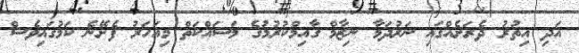
އަދި އިތުރު ދެރަށެއްގައި ނަރުދަމާ ނިޒާމް ގާއިމްކުރުމުގެ މަސައްކަތް މިއަހަރު ފެށޭނެ ކަމުގައިވެސް